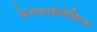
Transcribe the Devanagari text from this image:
ऐनाफाईलेक्टिक